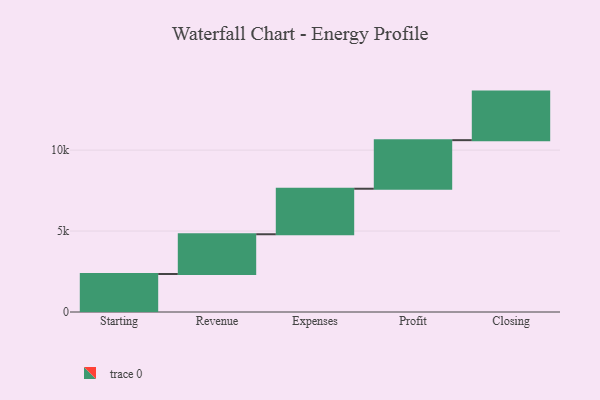
{"axis": {"x": "Step", "y": "Value"}, "legend": [""], "data": [{"x": "Starting", "y": 2348.0, "type": ""}, {"x": "Revenue", "y": 2455.0, "type": ""}, {"x": "Expenses", "y": 2812.0, "type": ""}, {"x": "Profit", "y": 3000, "type": ""}, {"x": "Closing", "y": 3000, "type": ""}]}